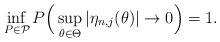
LaTeX: \begin{align*}\inf_{P\in\mathcal P}P\Big(\sup_{\theta\in\Theta}|\eta_{n,j}(\theta)|\to 0\Big)=1.\end{align*}